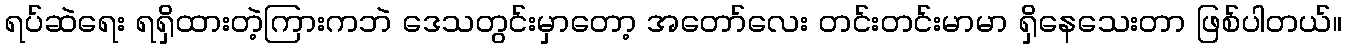
ရပ်ဆဲရေး ရရှိထားတဲ့ကြားကဘဲ ဒေသတွင်းမှာတော့ အတော်လေး တင်းတင်းမာမာ ရှိနေသေးတာ ဖြစ်ပါတယ်။